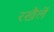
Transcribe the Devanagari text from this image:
रखैलें